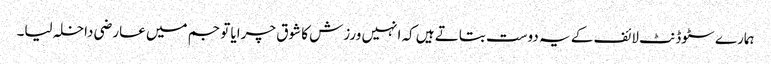
ہمارے سٹوڈنٹ لائف کے یہ دوست بتاتے ہیں کہ انہیں ورزش کا شوق چرایا تو جم میں عارضی داخلہ لیا۔